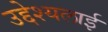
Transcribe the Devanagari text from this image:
उद्देश्यलाई